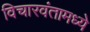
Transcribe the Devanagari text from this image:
विचारवंतामध्ये